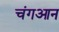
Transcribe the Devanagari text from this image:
चंगआन